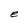
Character: e